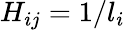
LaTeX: H_{ij}=1/l_{i}